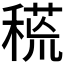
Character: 𥠸